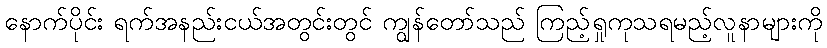
နောက်ပိုင်း ရက်အနည်းငယ်အတွင်းတွင် ကျွန်တော်သည် ကြည့်ရှုကုသရမည့်လူနာများကို